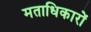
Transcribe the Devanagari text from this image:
मताधिकारों